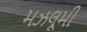
મઝલૂમી